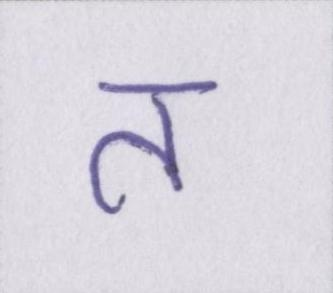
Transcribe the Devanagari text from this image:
त